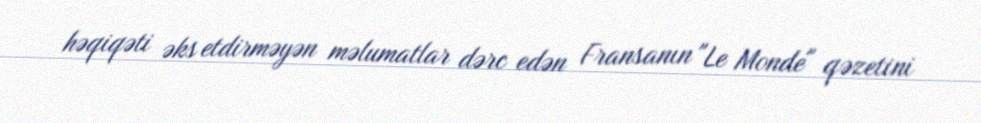
həqiqəti əks etdirməyən məlumatlar dərc edən Fransanın "Le Monde" qəzetini